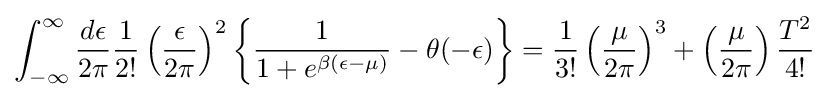
\int _{-\infty }^{\infty }{\frac {d\epsilon }{2\pi }}{\frac {1}{2!}}\left({\frac {\epsilon }{2\pi }}\right)^{2}\left\{{\frac {1}{1+e^{\beta (\epsilon -\mu )}}}-\theta (-\epsilon )\right\}={\frac {1}{3!}}\left({\frac {\mu }{2\pi }}\right)^{3}+\left({\frac {\mu }{2\pi }}\right){\frac {T^{2}}{4!}}